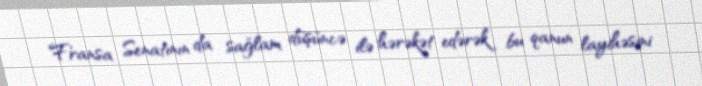
Fransa Senatının da sağlam düşüncə ilə hərəkət edərək bu qanun layihəsini